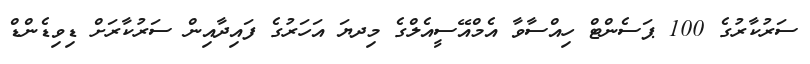
ސަރުކާރުގެ 100 ޕަސެންޓް ހިއްސާވާ އެމްއޭސީއެލްގެ މިދޔަ އަހަރުގެ ފައިދާއިން ސަރުކާރަށް ޑިވިޑެންޑް